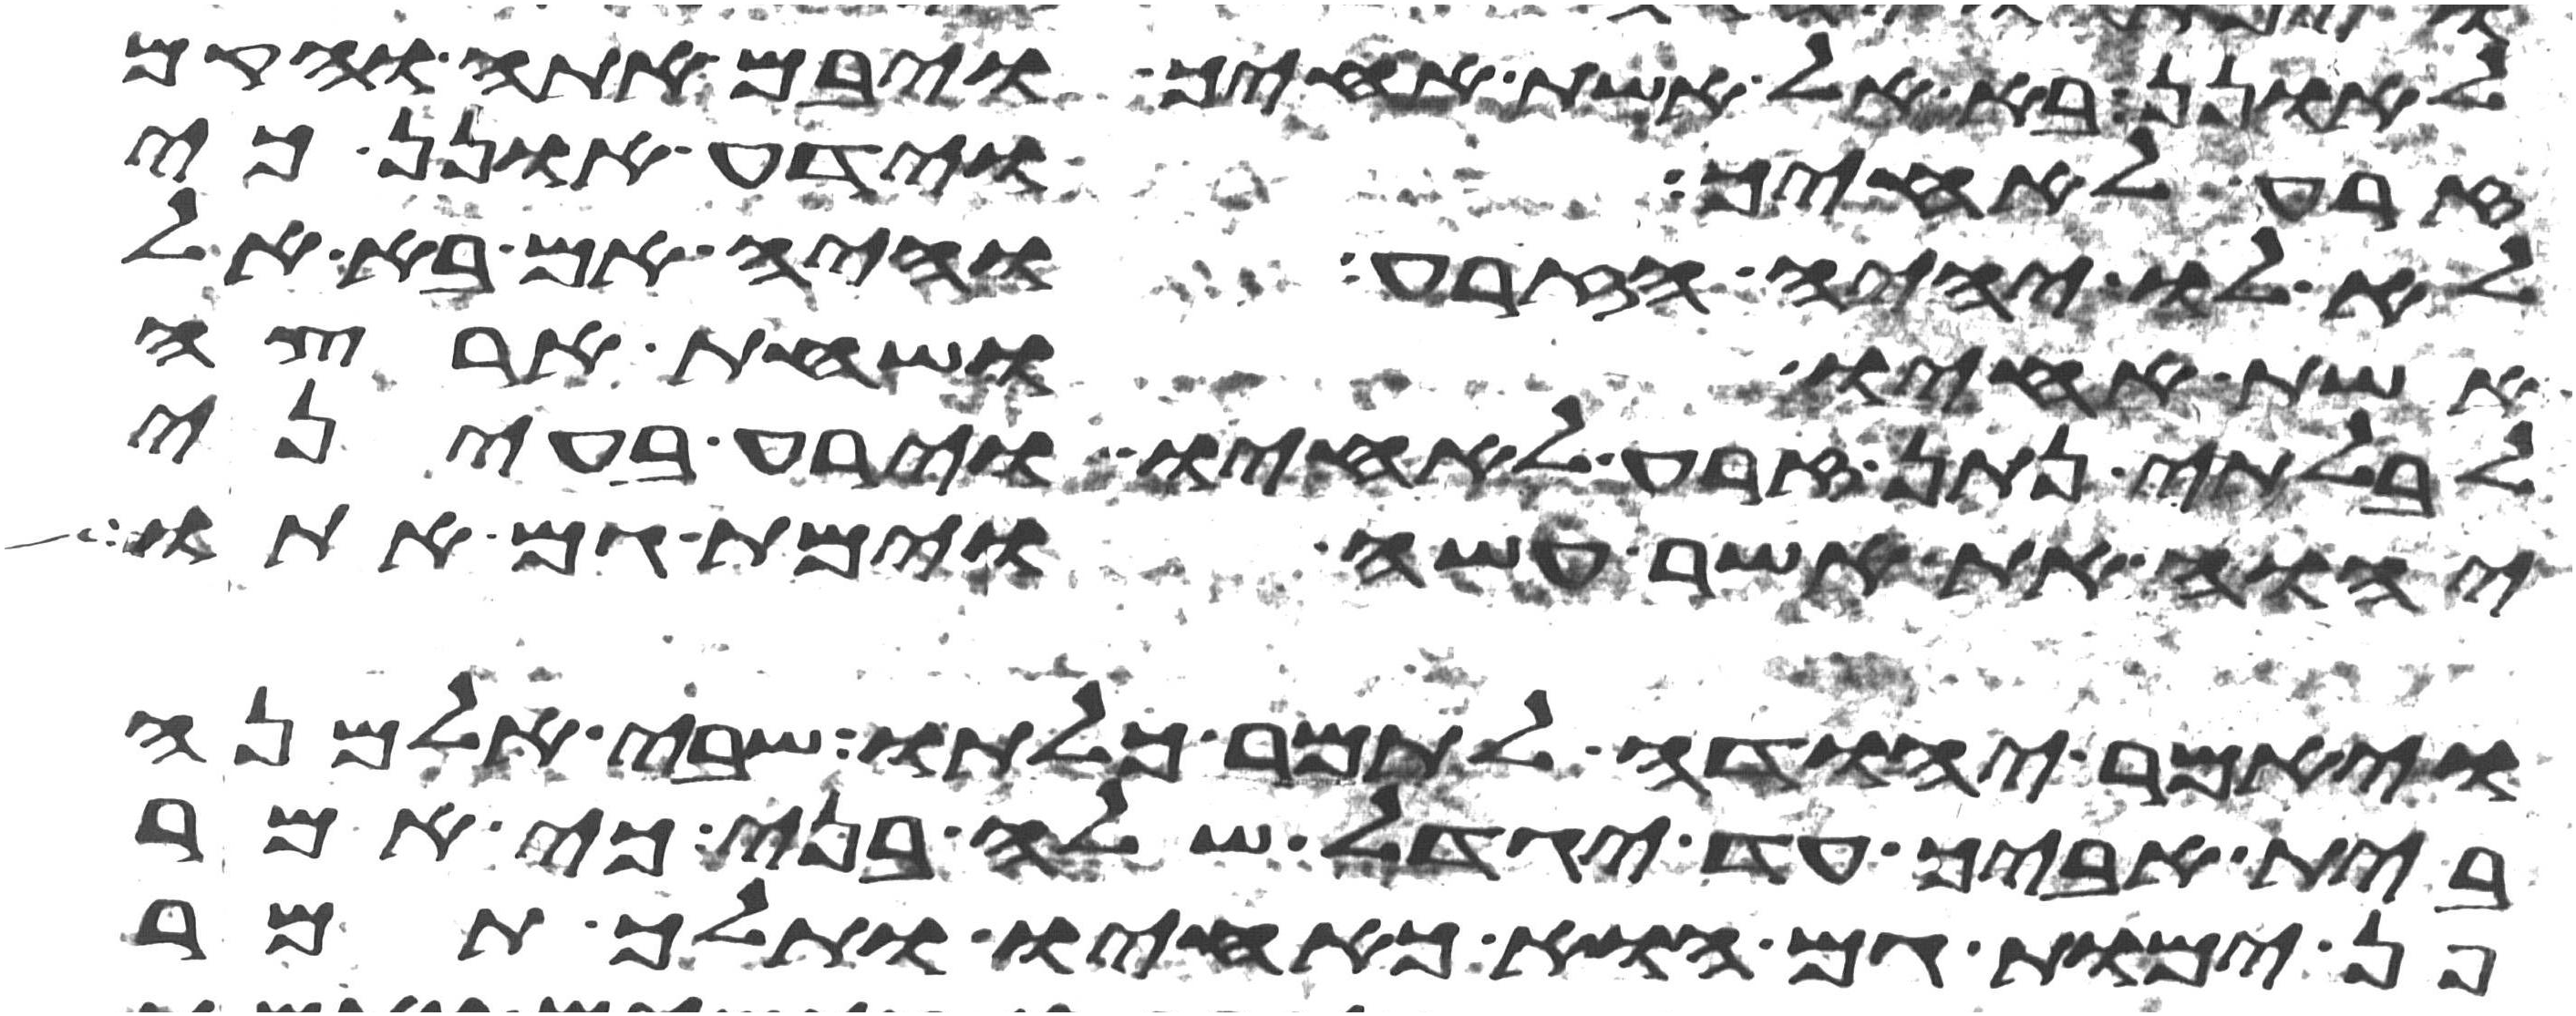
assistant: לאונן בא אל אשת אחיך ויבם אתה והקם
זרע לאחיך וידע אונן כי
לא לו יהיה הזרע והיה אם בא אל
אשת אחיו ושחת ארצה
לבלתי נתן זרע לאחיו וירע בעיני
יהוה את אשר עשה וימת גם אתו
ויאמר יהודה לתמר כלתו שבי אלמנה
בית אביך עד יגדל שלה בני כי אמר
פן ימות גם הוא כאחיו ותלך תמר